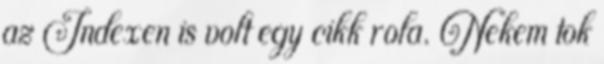
az Indexen is volt egy cikk rola. Nekem tok